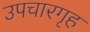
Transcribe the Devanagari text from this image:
उपचारगृह